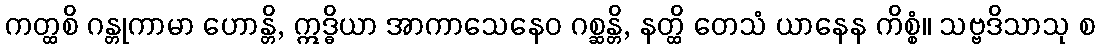
ကတ္ထစိ ဂန္တုကာမာ ဟောန္တိ, ဣဒ္ဓိယာ အာကာသေနေဝ ဂစ္ဆန္တိ, နတ္ထိ တေသံ ယာနေန ကိစ္စံ။ သဗ္ဗဒိသာသု စ